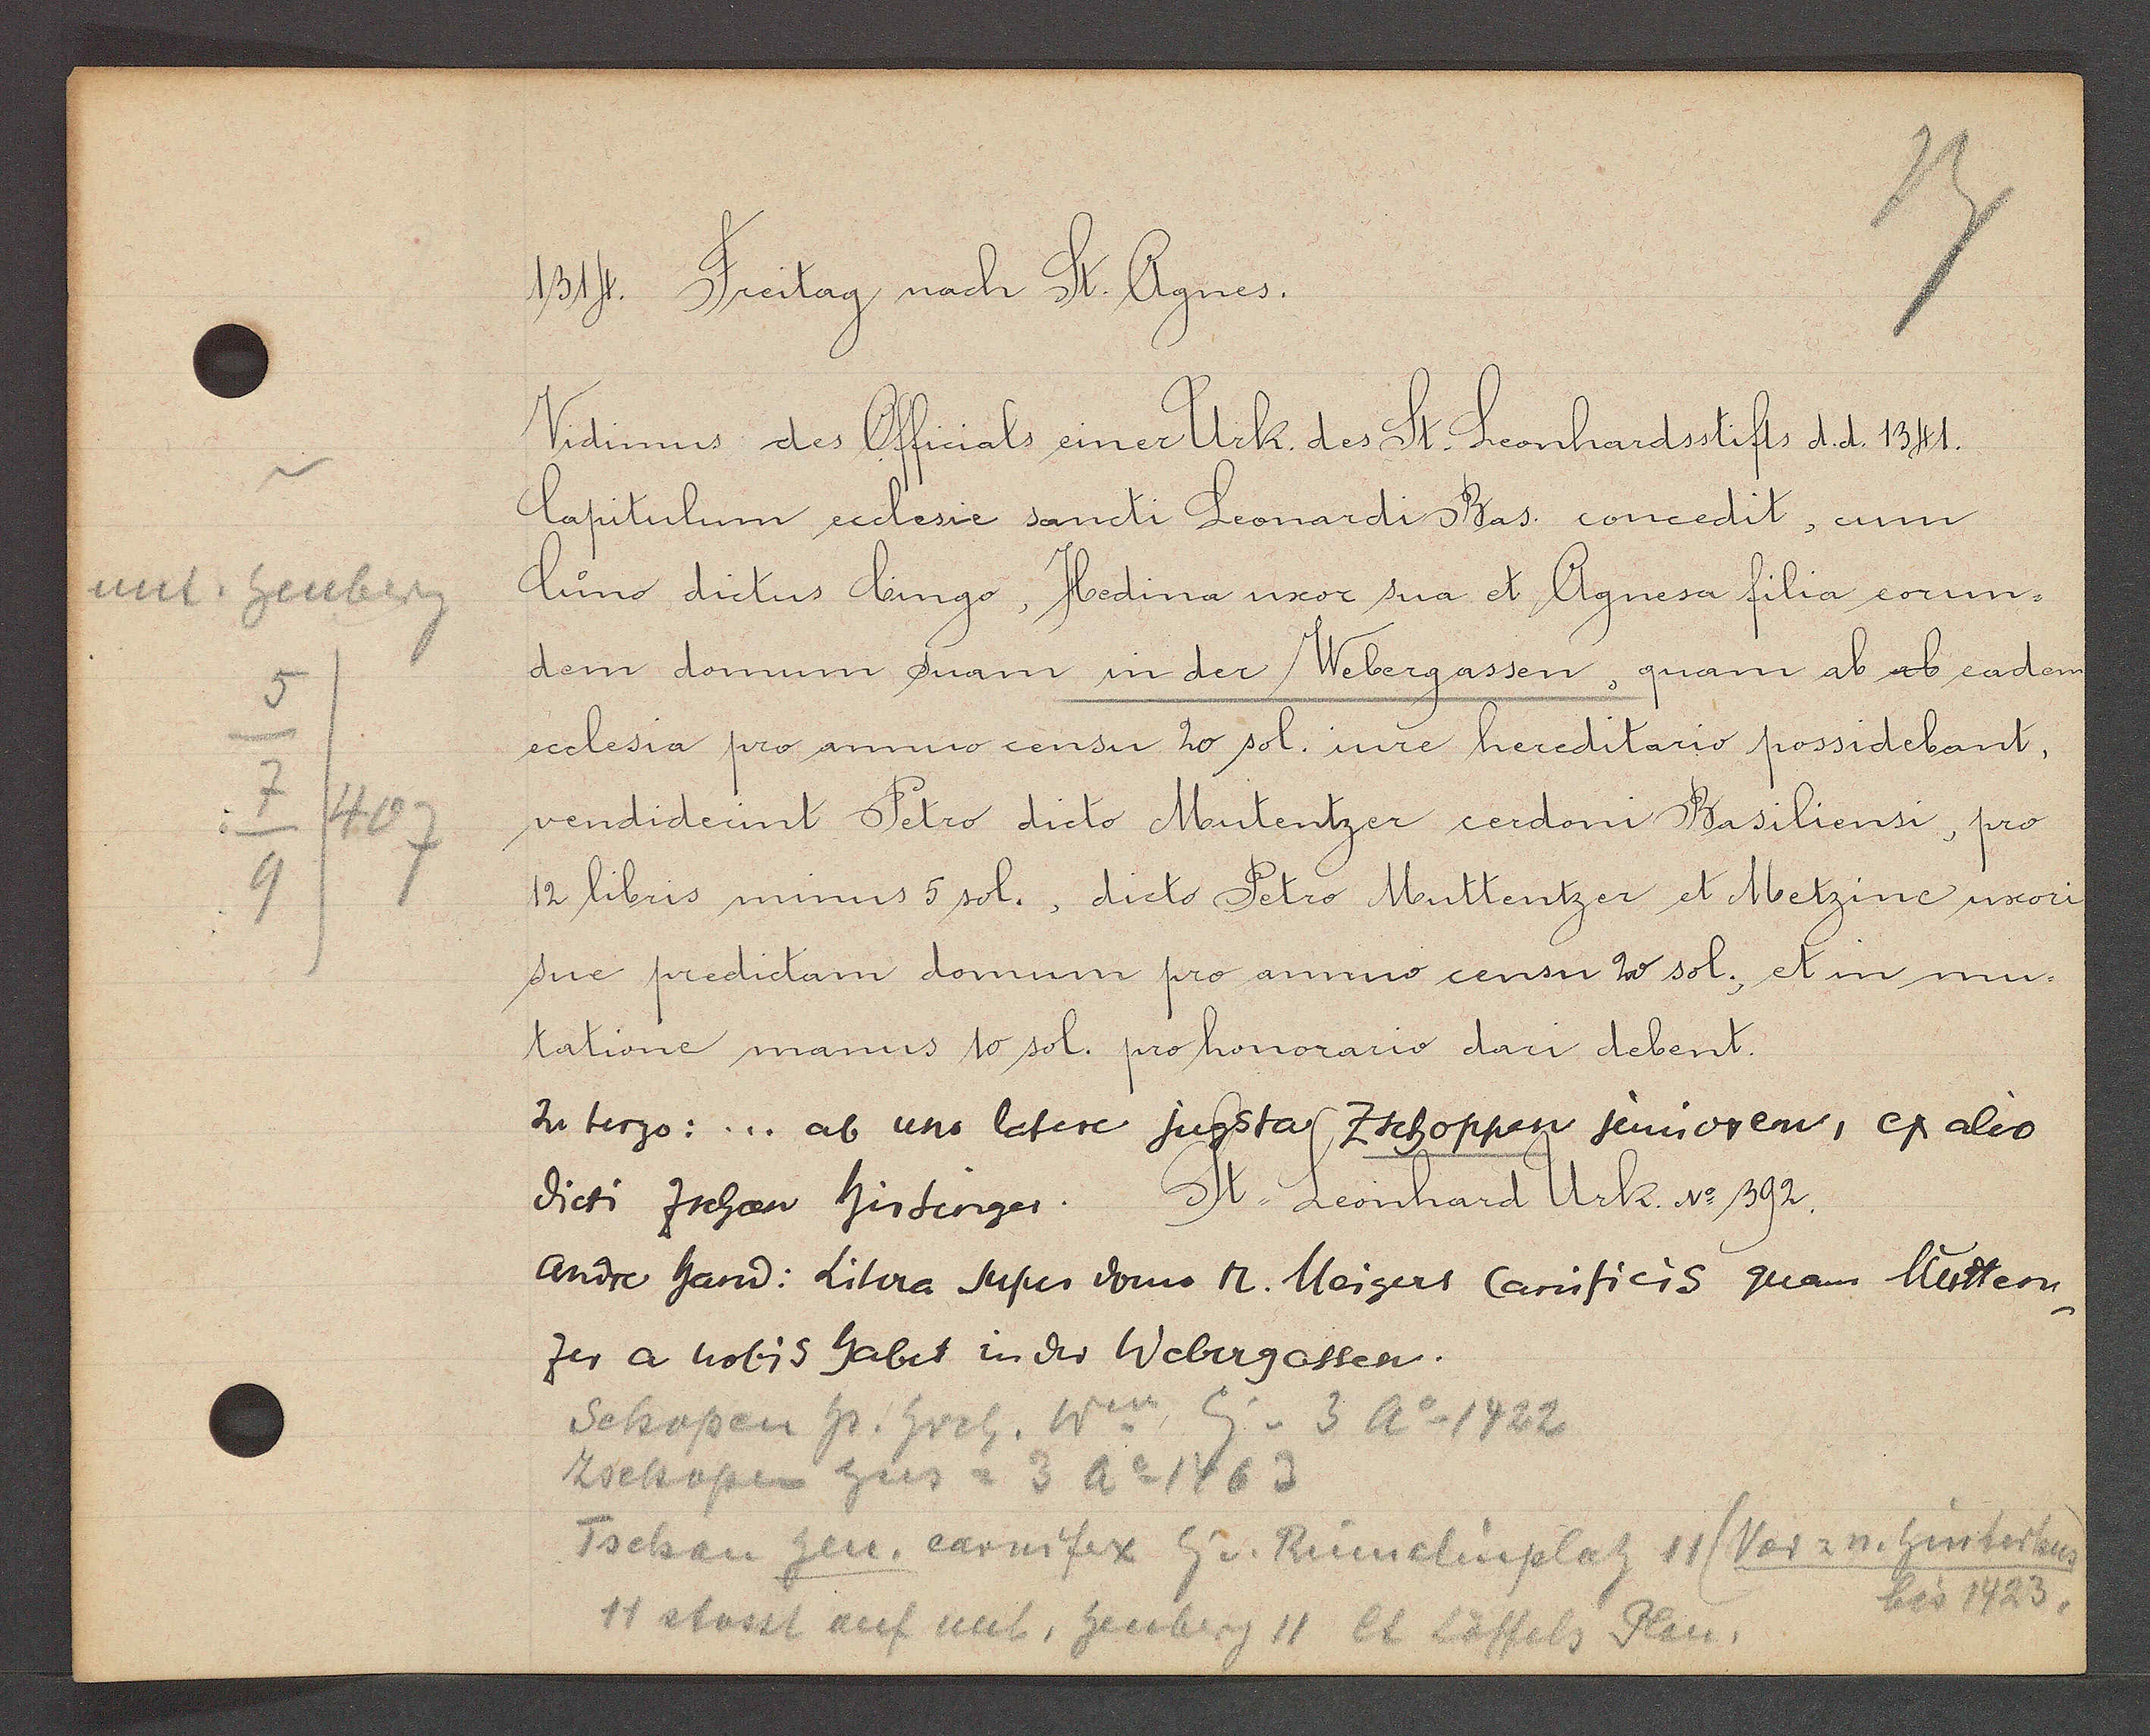
Transcript:
unt. Heuberg
5
7
/407
9

1314. Freitag nach St. Agnes.
Vidimus des Officals einer Urk. des St. Leonhardstifts d.d. 1341
Capitulum eeclesie sancti Leonardi Bas. concedit, cum
Cuno, dictus Cungo, Hedina uxor sua et Agnesa filia eorun¬
dem domum suam in der Webergassen, quam ab ab eadem
ecclesia pro anno censu 20 sol. iure hereditario possidebant,
vendiderint Petro dicto Mutentzer cerdoni Basiliensi, pro
12 libris minnus 5 sol., diclo Pelro Muttentzer et Metzine uxori
sue predictam domum pro annuo censu 2 sol. et in mu-
tatione manus 10 sol. pro honorario dari debent.
In terzo:... ab uns latere jugsta Tschoppen juniorem, ex alio
dicti Zschan Hirsinger. St. Leonhand Urk. No 392
Andre Hand: Litera super domo N. Meigert Carnificis quam Mutten-
zer a nobis habet in der Webergassen.
Schopen Hs. Hrch, Ww Eig v. 3 Ao 1422
Zschopen hus = 3 Ao 1463
Tschan jun. carmifex Eig v. Rümelinpslatz 11 (vor. u. hinterhaus)
bis 1423.
11 stosst auf unt. heuberg 11 lt Löffels Plan.